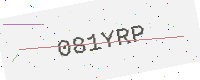
Text: 081YRP